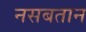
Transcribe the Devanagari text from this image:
नसबतान